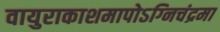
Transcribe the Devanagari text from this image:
वायुराकाशमापोऽग्‍निचंद्रमा